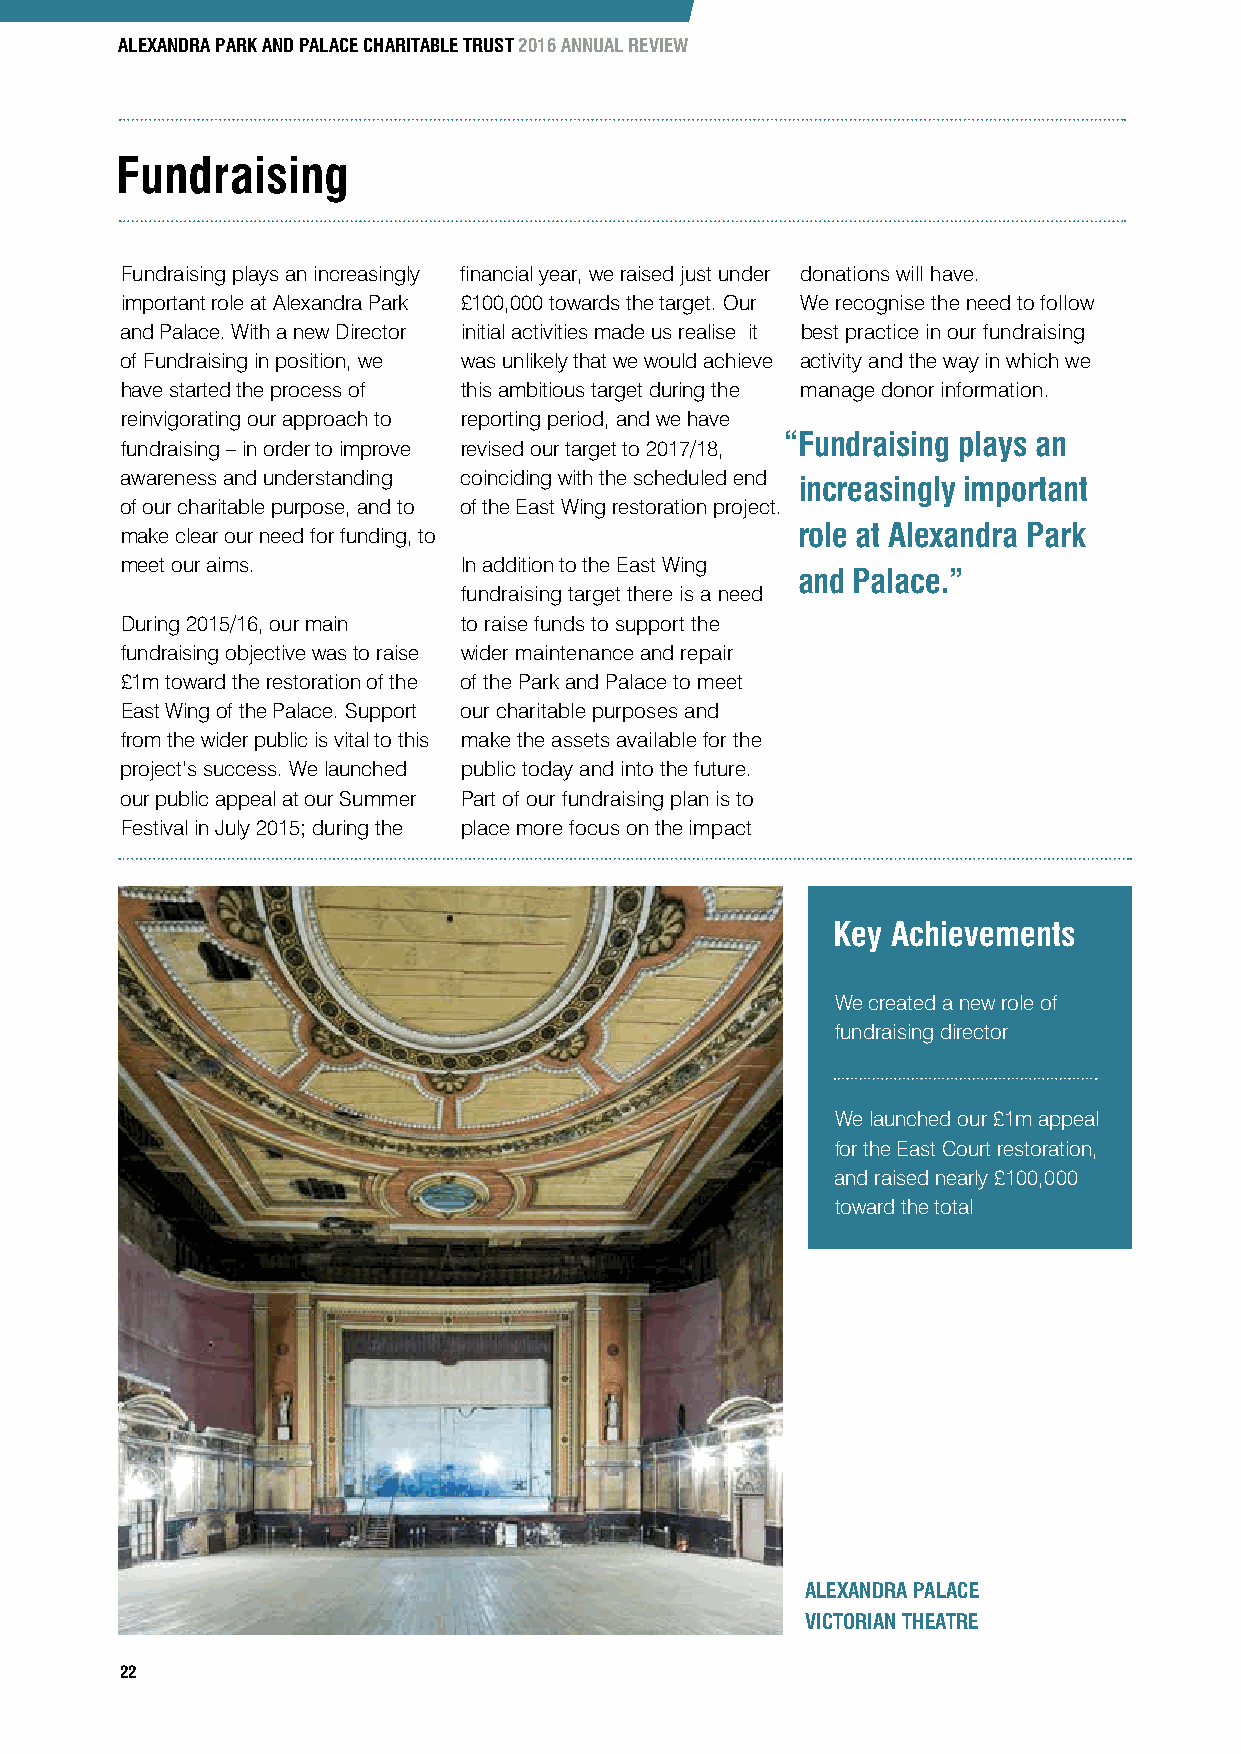
ALEXANDRA PARK AND PALACE CHARITABLE TRUST 2016 ANNUAL REVIEW
 Fundraising
 Fundraising plays an increasingly financial year, we raised just under donations will have.
 important role at Alexandra Park £100,000 towards the target. Our We recognise the need to follow
 and Palace. With a new Director initial activities made us realise it best practice in our fundraising
 of Fundraising in position, we was unlikely that we would achieve activity and the way in which we
 have started the process of this ambitious target during the manage donor information.
 reinvigorating our approach to reporting period, and we have
 “Fundraising plays an
 fundraising – in order to improve revised our target to 2017/18,
 awareness and understanding coinciding with the scheduled end
 increasingly important
 of our charitable purpose, and to of the East Wing restoration project.
 make clear our need for funding, to          role at Alexandra Park
 meet our aims.        In addition to the East Wing
 and Palace.”
 fundraising target there is a need
 During 2015/16, our main to raise funds to support the
 fundraising objective was to raise wider maintenance and repair
 £1m toward the restoration of the of the Park and Palace to meet
 East Wing of the Palace. Support our charitable purposes and
 from the wider public is vital to this make the assets available for the
 project’s success. We launched public today and into the future.
 our public appeal at our Summer Part of our fundraising plan is to
 Festival in July 2015; during the place more focus on the impact
 Key Achievements
 We created a new role of
 fundraising director
 We launched our £1m appeal
 for the East Court restoration,
 and raised nearly £100,000
 toward the total
 ALEXANDRA PALACE
 VICTORIAN THEATRE
 22